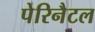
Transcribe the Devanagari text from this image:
पेरिनैटल